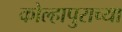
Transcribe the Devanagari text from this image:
कोल्हापुराच्या